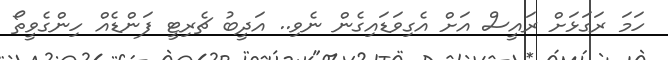
ހަމަ ރަގަޅަށް ރައީސް އަށް އެގިވަޑައިގެން ނެވި.. އަދީބު ޗެރިޓީ ފަންޑެއް ހިންގެވީތޯ